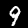
Digit: 9